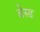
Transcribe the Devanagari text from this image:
बेस्‍ड